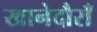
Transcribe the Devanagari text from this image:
खानेदौराँ